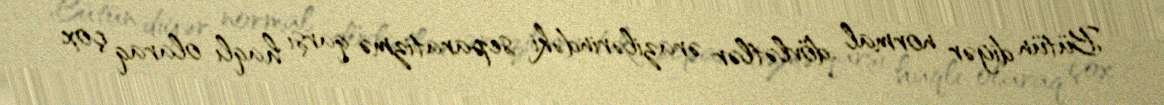
Bütün digər normal dövlətlər ərazilərindəki separatizmə qarşı haqlı olaraq çox